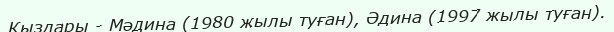
Қыздары - Мәдина (1980 жылы туған), Әдина (1997 жылы туған).